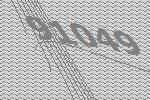
91049